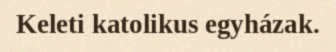
Keleti katolikus egyházak.